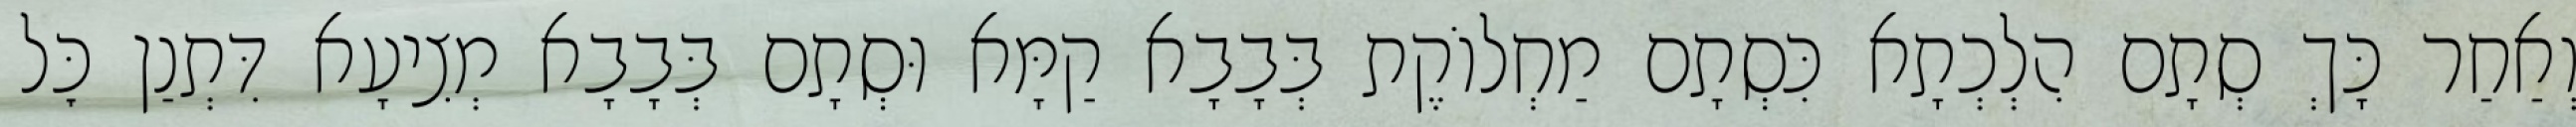
וְאַחַר כָּךְ סְתָם הִלְכְתָא כִּסְתָם מַחְלוֹקֶת בְּבָבָא קַמָּא וּסְתָם בְּבָבָא מְצִיעָא דִּתְנַן כׇּל